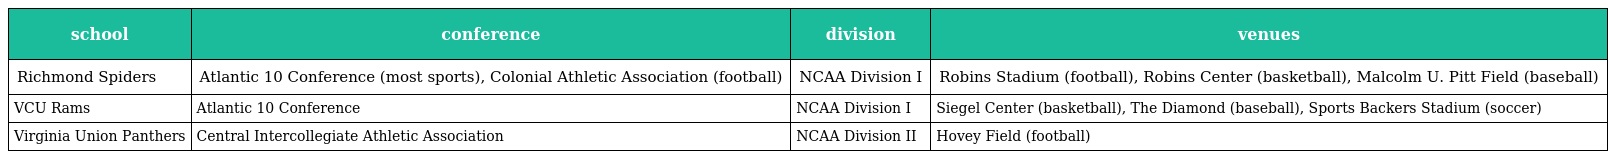
| school | conference | division | venues |
 | --- | --- | --- | --- |
 | Richmond Spiders | Atlantic 10 Conference (most sports), Colonial Athletic Association (football) | NCAA Division I | Robins Stadium (football), Robins Center (basketball), Malcolm U. Pitt Field (baseball) |
 | VCU Rams | Atlantic 10 Conference | NCAA Division I | Siegel Center (basketball), The Diamond (baseball), Sports Backers Stadium (soccer) |
 | Virginia Union Panthers | Central Intercollegiate Athletic Association | NCAA Division II | Hovey Field (football) |